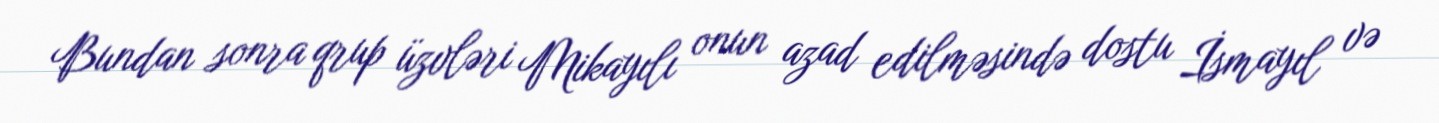
Bundan sonra qrup üzvləri Mikayılı onun azad edilməsində dostu İsmayıl və